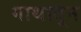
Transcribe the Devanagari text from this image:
गाथातून